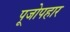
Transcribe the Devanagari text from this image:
पूजोपहार